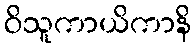
ဝိသူကာယိကာနိ